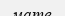
мате